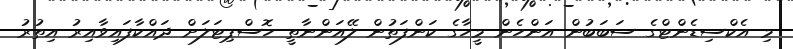
މި އެކްސިޑެންޓްގެ ސަބަބުން އަންހެން މީހާގެ ކަންފަތުން ލޭއަންނާތީ ހޮސްޕިޓަލަށް ދައްކާފައިވާއިރު އިތުރު